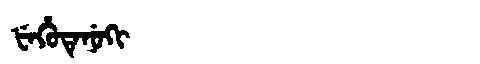
Manchu: ᡶᡝᡥᡠᡨᡝᠨᡠᡴᡳ
Romanization: FEHUTENUKI